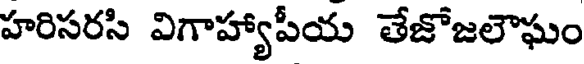
హరిసరసి విగాహ్యాపీయ తేజోజలౌఘం